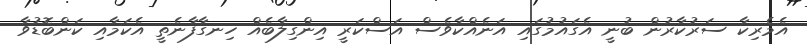
އެމެރިކާ ސަރުކާރުން ބުނީ އެގައުމުގައި އަނެއްކާވެސް އަސްކަރީ އިންގިލާބެއް ހިނގާފާނެތީ އެކަމާއި ކަންބޮޑުވާ